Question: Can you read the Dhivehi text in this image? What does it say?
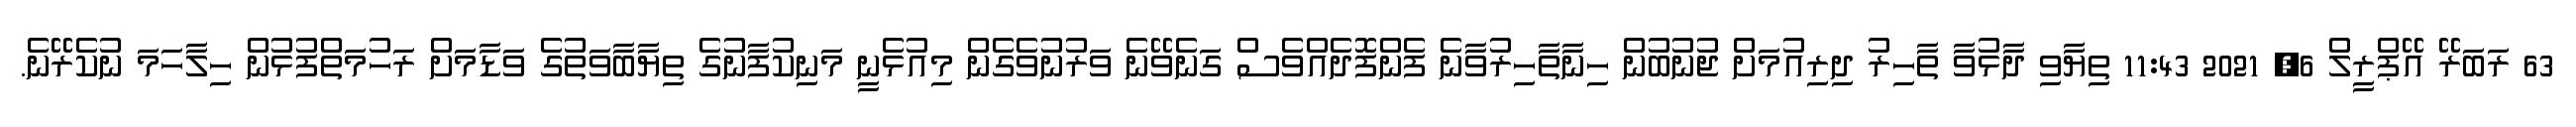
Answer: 63 ރަބަރޭ އޭޕްރީލް 6, 2021 11:43 ތިޔާވި ދާޅުވާ ތާހިރު ދިރިއުމަށް ޖުނުބުން ހިނާތާހިރުވާނެ ފެންފޮދެއްވެސް ގަނެވޭނެ ވަރުނުވެގެން މިއުޅެނީ މަނިކުފާނުގެ ތިޔާބާވަތުގެ ވަޑާމަށް ރަހުމަތްފުޅުން ހިލާހަމަ ނުކެރޭނެ.